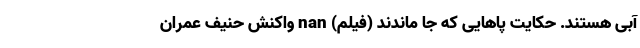
آبی هستند. حکایت پاهایی که جا ماندند (فیلم) nan وا‌کنش حنیف عمران